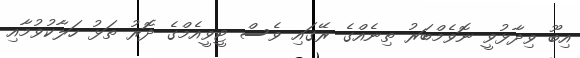
އިބޫ ވިދާޅުވީ ނޮވެމްބަރު ތިނެއްގެ ރޭގައި ވެސް ޓީވީއެމްގެ ދޮރު ތަޅު ހަލާކުވުމާއި